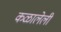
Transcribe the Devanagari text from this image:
कळालेली